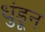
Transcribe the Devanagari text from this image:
धुंडून